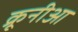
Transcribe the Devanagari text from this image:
क्रूनीआ